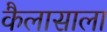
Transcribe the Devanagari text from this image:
कैलासाला